Report on sanitation, dispensaries, and jails in Rajputana for 1912, and on vaccination for the year 1912-1913 - 1912-1913
Year: 1912
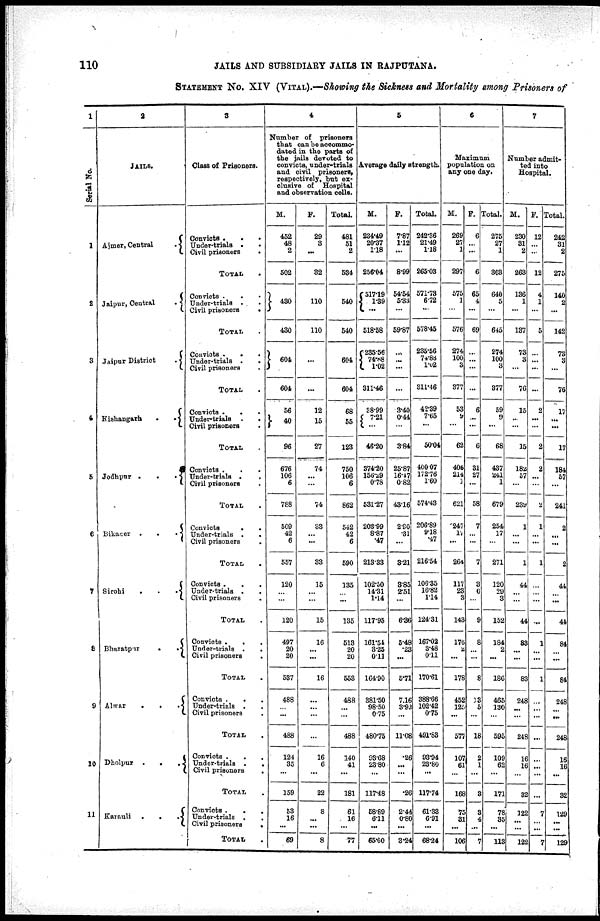
110
JAILS AND SUBSIDIARY JAILS IN RAJPUTANA.
STATEMENT No. XIV (VITAL).—Showing the Sickness and Mortality among Prisoners of
1
Serial
No.
1
2
3
4
5
6
7
8
9
10
11
2
JAILS.
Aimer, Central
.
Jaipur, Central
.
Jaipur District
.
Kishangarh
.
.
Jodhpur .
.
.
Bikaner .
.
.
Sirohi
.
.
.
Bharatpur
.
.
Alwar
.
.
.
Dholpur .
.
.
Karauli
.
.
. .
3
Class of Prisoners.
Convicts .
.
.
Under-trials .
.
Civil prisoners
.
TOTAL .
Convicts . . .
Under-trials . .
Civil prisoners
.
TOTAL .
Convicts . . .
Under-trials ..
Civil prisoners .
TOTAL .
Convicts . . .
Under-trials . .
Civil prisoners
.
TOTAL .
Convicts. . .
Under-trials ..
Civil prisoners .
TOTAL .
Convicts
.
.
Under-trials . .
Civil prisoners .
TOTAL .
Convicts .
.
.
Under-trials . .
Civil prisoners
.
TOTAL .
Convicts . . .
Under-trials .
.
Civil prisoners
.
TOTAL .
Convicts . . .
Under-trials . .
Civil prisoners .
TOTAL .
Convicts . . .
Under-trials . .
Civil prisoners .
TOTAL .
Convicts .
.
.
Under-trials . .
Civil prisoners
.
TOTAL .
4
Number of prisoners
that can be accommo-
dated in the parts of
the jails devoted to
convicts, under-trials
and civil prisoners,
respectively, but ex-
clusive of Hospital
and observation cells.
M.
452
48
2
502
430
430
604
604
56
40
96
676
106
6
788
509
42
6
557
120
...
...
120
497
20
20
537
488
...
...
488
124
35
...
159
53
16
...
69
F.
29
3
...
32
110
110
...
...
12
15
27
74
...
...
74
33
...
...
33
15
...
...
15
16
...
...
16
...
...
...
...
16
6
...
22
8
...
...
8
Total.
481
51
2
534
540
540
604
604
68
55
123
750
106
6
862
542
42
6
590
135
...
...
135
513
20
20
553
488
...
...
488
140
41
...
181
61
16
...
77
5
Average daily strength.
M.
234.49
20.37
1.18
256.04
517.19
139
...
518.58
235.56
74.88
1.02
311.46
38.99
7.21
...
46.20
374.20
156.29
0.78
531.27
203.99
8.87 .47
213.33
102.50
14.31
1.14
117.95
161.54
3.25
0.11
164.90
381.50
98.50
0.75
480.75
93.68
23.80
...
117.48
58.69
6.11
...
65.00
F.
7.87
1.12
...
8.99
54.54
5.33
...
59.87
...
...
...
...
3.40
0.44
...
3.84
25.87
16.47
0.82
43.16
2.90
.31
...
3.21
3.85
2.51
...
6.36
5.48
.23
...
5.71
7.16
3.92
...
11.08
.26
...
...
.26
2.44
0.80
...
3.24
Total.
242.36
21.49
1.18
265.03
571.73
6.72
...
578.45
235.56
74.88
1.02
311.46
42.39
7.65
...
50.04
400.07
172.76
1.60
574.43
206.89
9.18
.47
216.54
106.35
16.82
1.14
124.31
167.02
3.48
0.11
170.61
388.66
102.42
0.75
491.83
93.94
23.80
...
117.74
61.33
6.91
...
68.24
6
Maximum
population on
any one day.
M.
269
27
297
575
1
...
576
274
100
3
377
53
9
...
62
406
214
1
621
247
17
...
264
117
23
3
143
176
2
...
178
452
125
...
577
107
61
...
168
75
31
...
106
F.
6
...
...
6
65
4
...
69
...
...
...
...
6
...
...
6
31
27
...
58
7
...
...
7
3
6
...
9
8
...
...
8
13
5
...
18
2
1
...
3
3
4
...
7
Total.
275
27
1
303
640
5
...
645
274
100
3
377
59
9
...
68
437
241
1
679
254
17
...
271
120
29
3
152
184
2
...
186
465
130
...
595
109
62
...
171
78
35
...
113
7
Number admit-
ted into
Hospital.
M.
230
31
2
263
136
1
...
137
73
3
...
76
15
...
...
15
182
57
...
239
1
...
...
1
44
...
...
44
83
...
...
83
248
...
...
248
16
16
...
32
122
...
...
122
F.
12
...
...
12
4
1
...
5
...
...
...
...
2
...
...
2
2
...
...
2
1
...
...
1
...
...
...
...
1
...
...
1
...
...
...
...
...
...
...
...
7
...
...
7
Total.
242
31
2
275
140
2
...
142
73
3
...
76
17
...
...
17
184
57
...
241
2
...
...
2
44
...
...
44
84
...
...
84
248
...
...
248
16
16
...
32
129
...
...
129